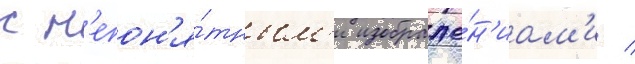
с н'епон'я́тным'и изображе́н'иам'и /